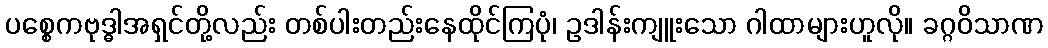
ပစ္စေကဗုဒ္ဓါအရှင်တို့လည်း တစ်ပါးတည်းနေထိုင်ကြပုံ၊ ဥဒါန်းကျူးသော ဂါထာများဟူလို။ ခဂ္ဂဝိသာဏ